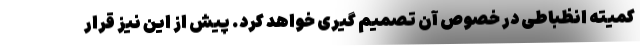
کمیته انظباطی در خصوص آن تصمیم گیری خواهد کرد. پیش از این نیز قرار